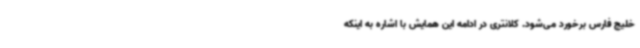
خلیج فارس برخورد می‌شود. کلانتری در ادامه این همایش با اشاره به اینکه